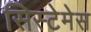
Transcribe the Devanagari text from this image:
सिस्टेमेस